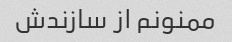
ممنونم از سازندش